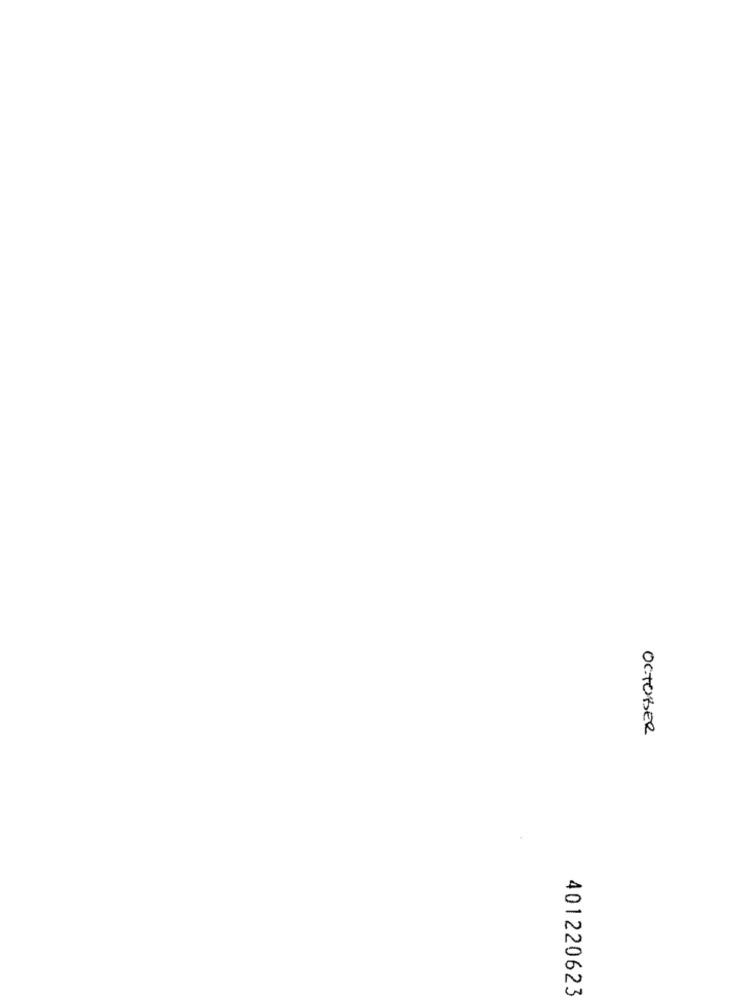
OCTOBER
401220623